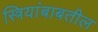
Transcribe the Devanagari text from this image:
स्त्रियांबाबतील